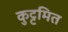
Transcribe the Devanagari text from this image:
कुट्टमित